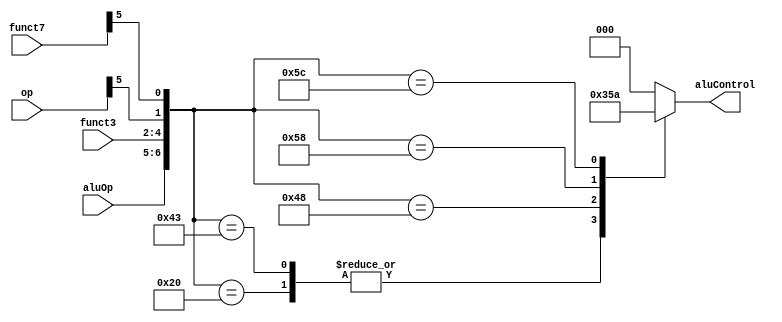
`timescale 1ns / 1ps
//////////////////////////////////////////////////////////////////////////////////
// Company: 
// Engineer: 
// 
// Design Name: 
// Module Name: alu_decoder
// Project Name: 
// Target Devices: 
// Tool Versions: 
// Description: 
// 
// Dependencies: 
// 
// Revision:
// Revision 0.01 - File Created
// Additional Comments:
// 
//////////////////////////////////////////////////////////////////////////////////


module alu_decoder(
input wire [1:0] aluOp,
input wire [6:0] op, funct7,
input wire [2:0] funct3,
output reg [2:0] aluControl
    );
    
    always @(*)
        begin
            case ({aluOp, funct3, op[5], funct7[5]})
                7'b0000000 : aluControl = 3'b000;  //add
                7'b0100000 : aluControl = 3'b001;  //subtract
                7'b1000000 : aluControl = 3'b000;  //add
                7'b1000001 : aluControl = 3'b000;  //add
                7'b1000010 : aluControl = 3'b000;  //add
                7'b1000011 : aluControl = 3'b001;  //subtract
                7'b1001000 : aluControl = 3'b101;  //set less than 1
                7'b1011000 : aluControl = 3'b011;  //or
                7'b1011100 : aluControl = 3'b010;  //and
            default : aluControl = 0;
            endcase
        end
endmodule